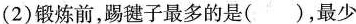
(2)锻炼前，踢毽子最多的是( )，最少